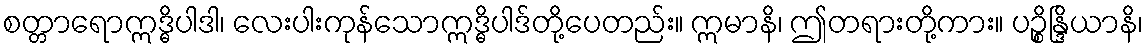
စတ္တာရောဣဒ္ဓိပါဒါ၊ လေးပါးကုန်သောဣဒ္ဓိပါဒ်တို့ပေတည်း။ ဣမာနိ၊ ဤတရားတို့ကား။ ပဉ္စိန္ဒြိယာနိ၊